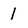
Character: l